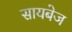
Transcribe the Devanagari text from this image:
सायबेज